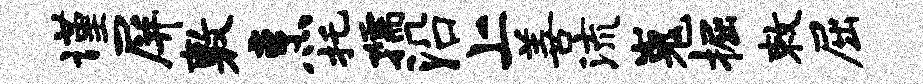
谨屏敷烹托孺沿上善流嵬掘敕屈